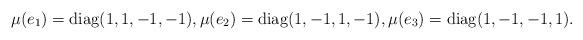
LaTeX: \begin{align*}\mu(e_1) = \mathrm{diag}(1,1,-1,-1),\mu(e_2) = \mathrm{diag}(1,-1,1,-1),\mu(e_3) = \mathrm{diag}(1,-1,-1,1).\end{align*}